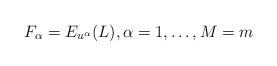
LaTeX: \begin{align*}F_\alpha = E_{u^\alpha}(L),\alpha =1,\ldots,M=m\end{align*}